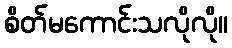
စိတ်မကောင်းသလိုလို။